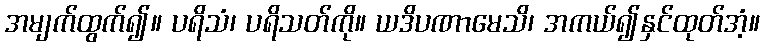
အမျက်ထွက်၍။ ပရိသံ၊ ပရိသတ်ကို။ ယဒိပဏာမေသိ၊ အကယ်၍နှင်ထုတ်အံ့။